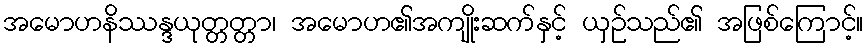
အမောဟနိဿန္ဒယုတ္တတ္တာ၊ အမောဟ၏အကျိုးဆက်နှင့် ယှဉ်သည်၏ အဖြစ်ကြောင့်။